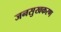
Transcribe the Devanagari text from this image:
जनसुखकरण